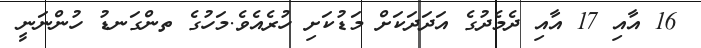
16 އާއި 17 އާއި ދެމެދުގެ އަދަދަކަށް މަޑުކަށި ހުރެއެވެ.މަހުގެ ތންގަނޑު ހުންނަނީ